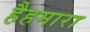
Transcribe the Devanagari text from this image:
हैहमारा